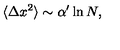
\langle \Delta x ^ { 2 } \rangle \sim \alpha ^ { \prime } \ln N ,